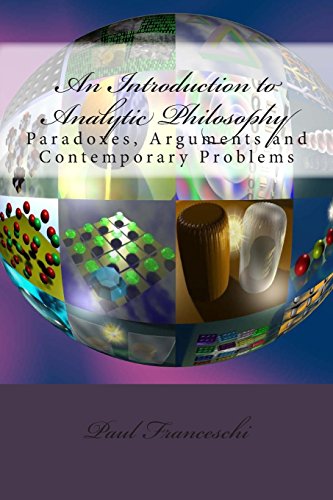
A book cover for An Introduction to Analytic Philosophy: Paradoxes, Arguments and Contemporary Problems; Paul Franceschi; Politics & Social Sciences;